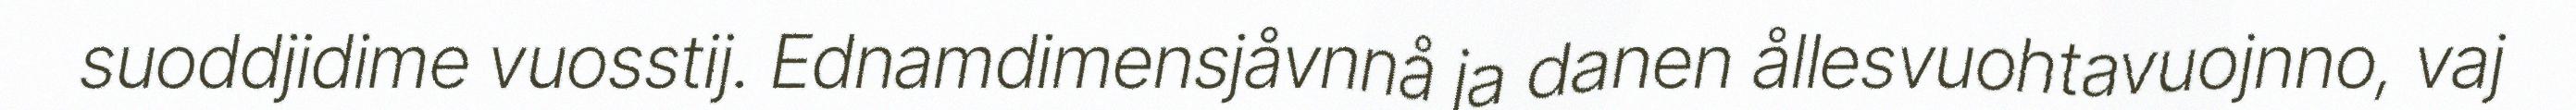
suoddjidime vuosstij. Ednamdimensjåvnnå ja danen ållesvuohtavuojnno, vaj